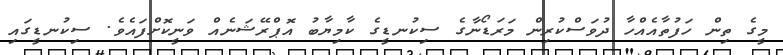
މީގެ ތިން ހަފުތާއެއްހާ ދުވަސްކުރިން މަރަޑޯނާގެ ސިކުނޑީގެ ކާމިޔާބު އޮޕްރޭޝަނެއް ވަނީކޮށްފައެވެ. ސިކުނޑީގައި